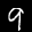
Label: 9